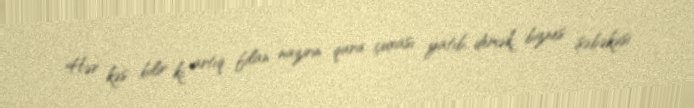
Hər kəs bilir ki, artıq filan nazirin qara çuxası yatıb, demək, biznes şəbəkəsi